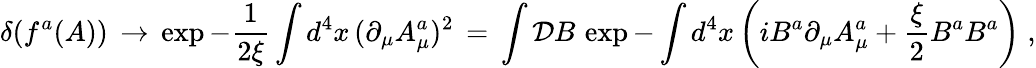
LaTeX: \delta(f^{a}(A))\, \to\, \exp-\frac{1}{2\xi}\int d^{4}x\, (\partial_{\mu}A_{\mu}^{a})^{2}\, =\, \int\mathcal{D}B\, \exp-\int d^{4}x\left(iB^{a}\partial_{\mu}A_{\mu}^{a}+\frac{\xi}{2}B^{a}B^{a}\right)\; ,